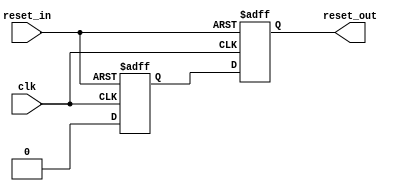


module reset_sync
  (input clk,
   input reset_in,
   output reg reset_out);

   reg 	      reset_int;

   always @(posedge clk or posedge reset_in)
     if(reset_in)
       {reset_out,reset_int} <= 2'b11;
     else
       {reset_out,reset_int} <= {reset_int,1'b0};
   
endmodule // reset_sync